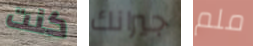
كنت جيرانك ملم